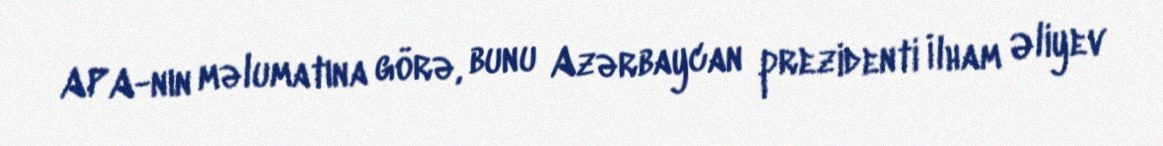
APA-nın məlumatına görə, bunu Azərbaycan prezidenti İlham Əliyev